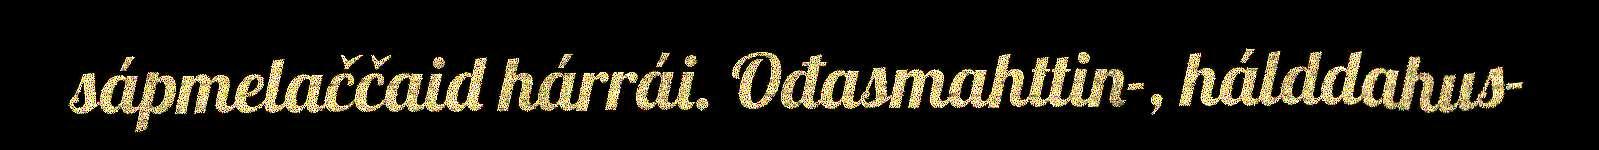
sápmelaččaid hárrái. Ođasmahttin-, hálddahus-